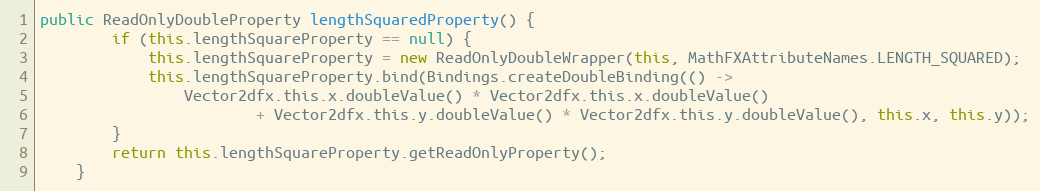
Language: Java
public ReadOnlyDoubleProperty lengthSquaredProperty() {
		if (this.lengthSquareProperty == null) {
			this.lengthSquareProperty = new ReadOnlyDoubleWrapper(this, MathFXAttributeNames.LENGTH_SQUARED);
			this.lengthSquareProperty.bind(Bindings.createDoubleBinding(() ->
				Vector2dfx.this.x.doubleValue() * Vector2dfx.this.x.doubleValue()
						+ Vector2dfx.this.y.doubleValue() * Vector2dfx.this.y.doubleValue(), this.x, this.y));
		}
		return this.lengthSquareProperty.getReadOnlyProperty();
	}